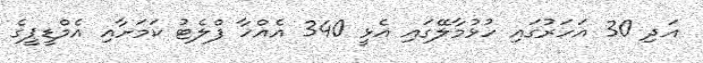
އަދި 30 އަހަރުގައި ހުޅުމާލޭގައި އެޅީ 340 އެއްހާ ފްލެޓު ކަމަށާއި އެމްޑީޕީގެ